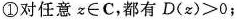
①对任意z∈C，都有$$D ( z ) > 0$$；